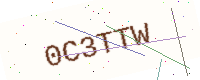
Text: 0C3TTW